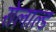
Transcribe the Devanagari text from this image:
रोलाल्ड